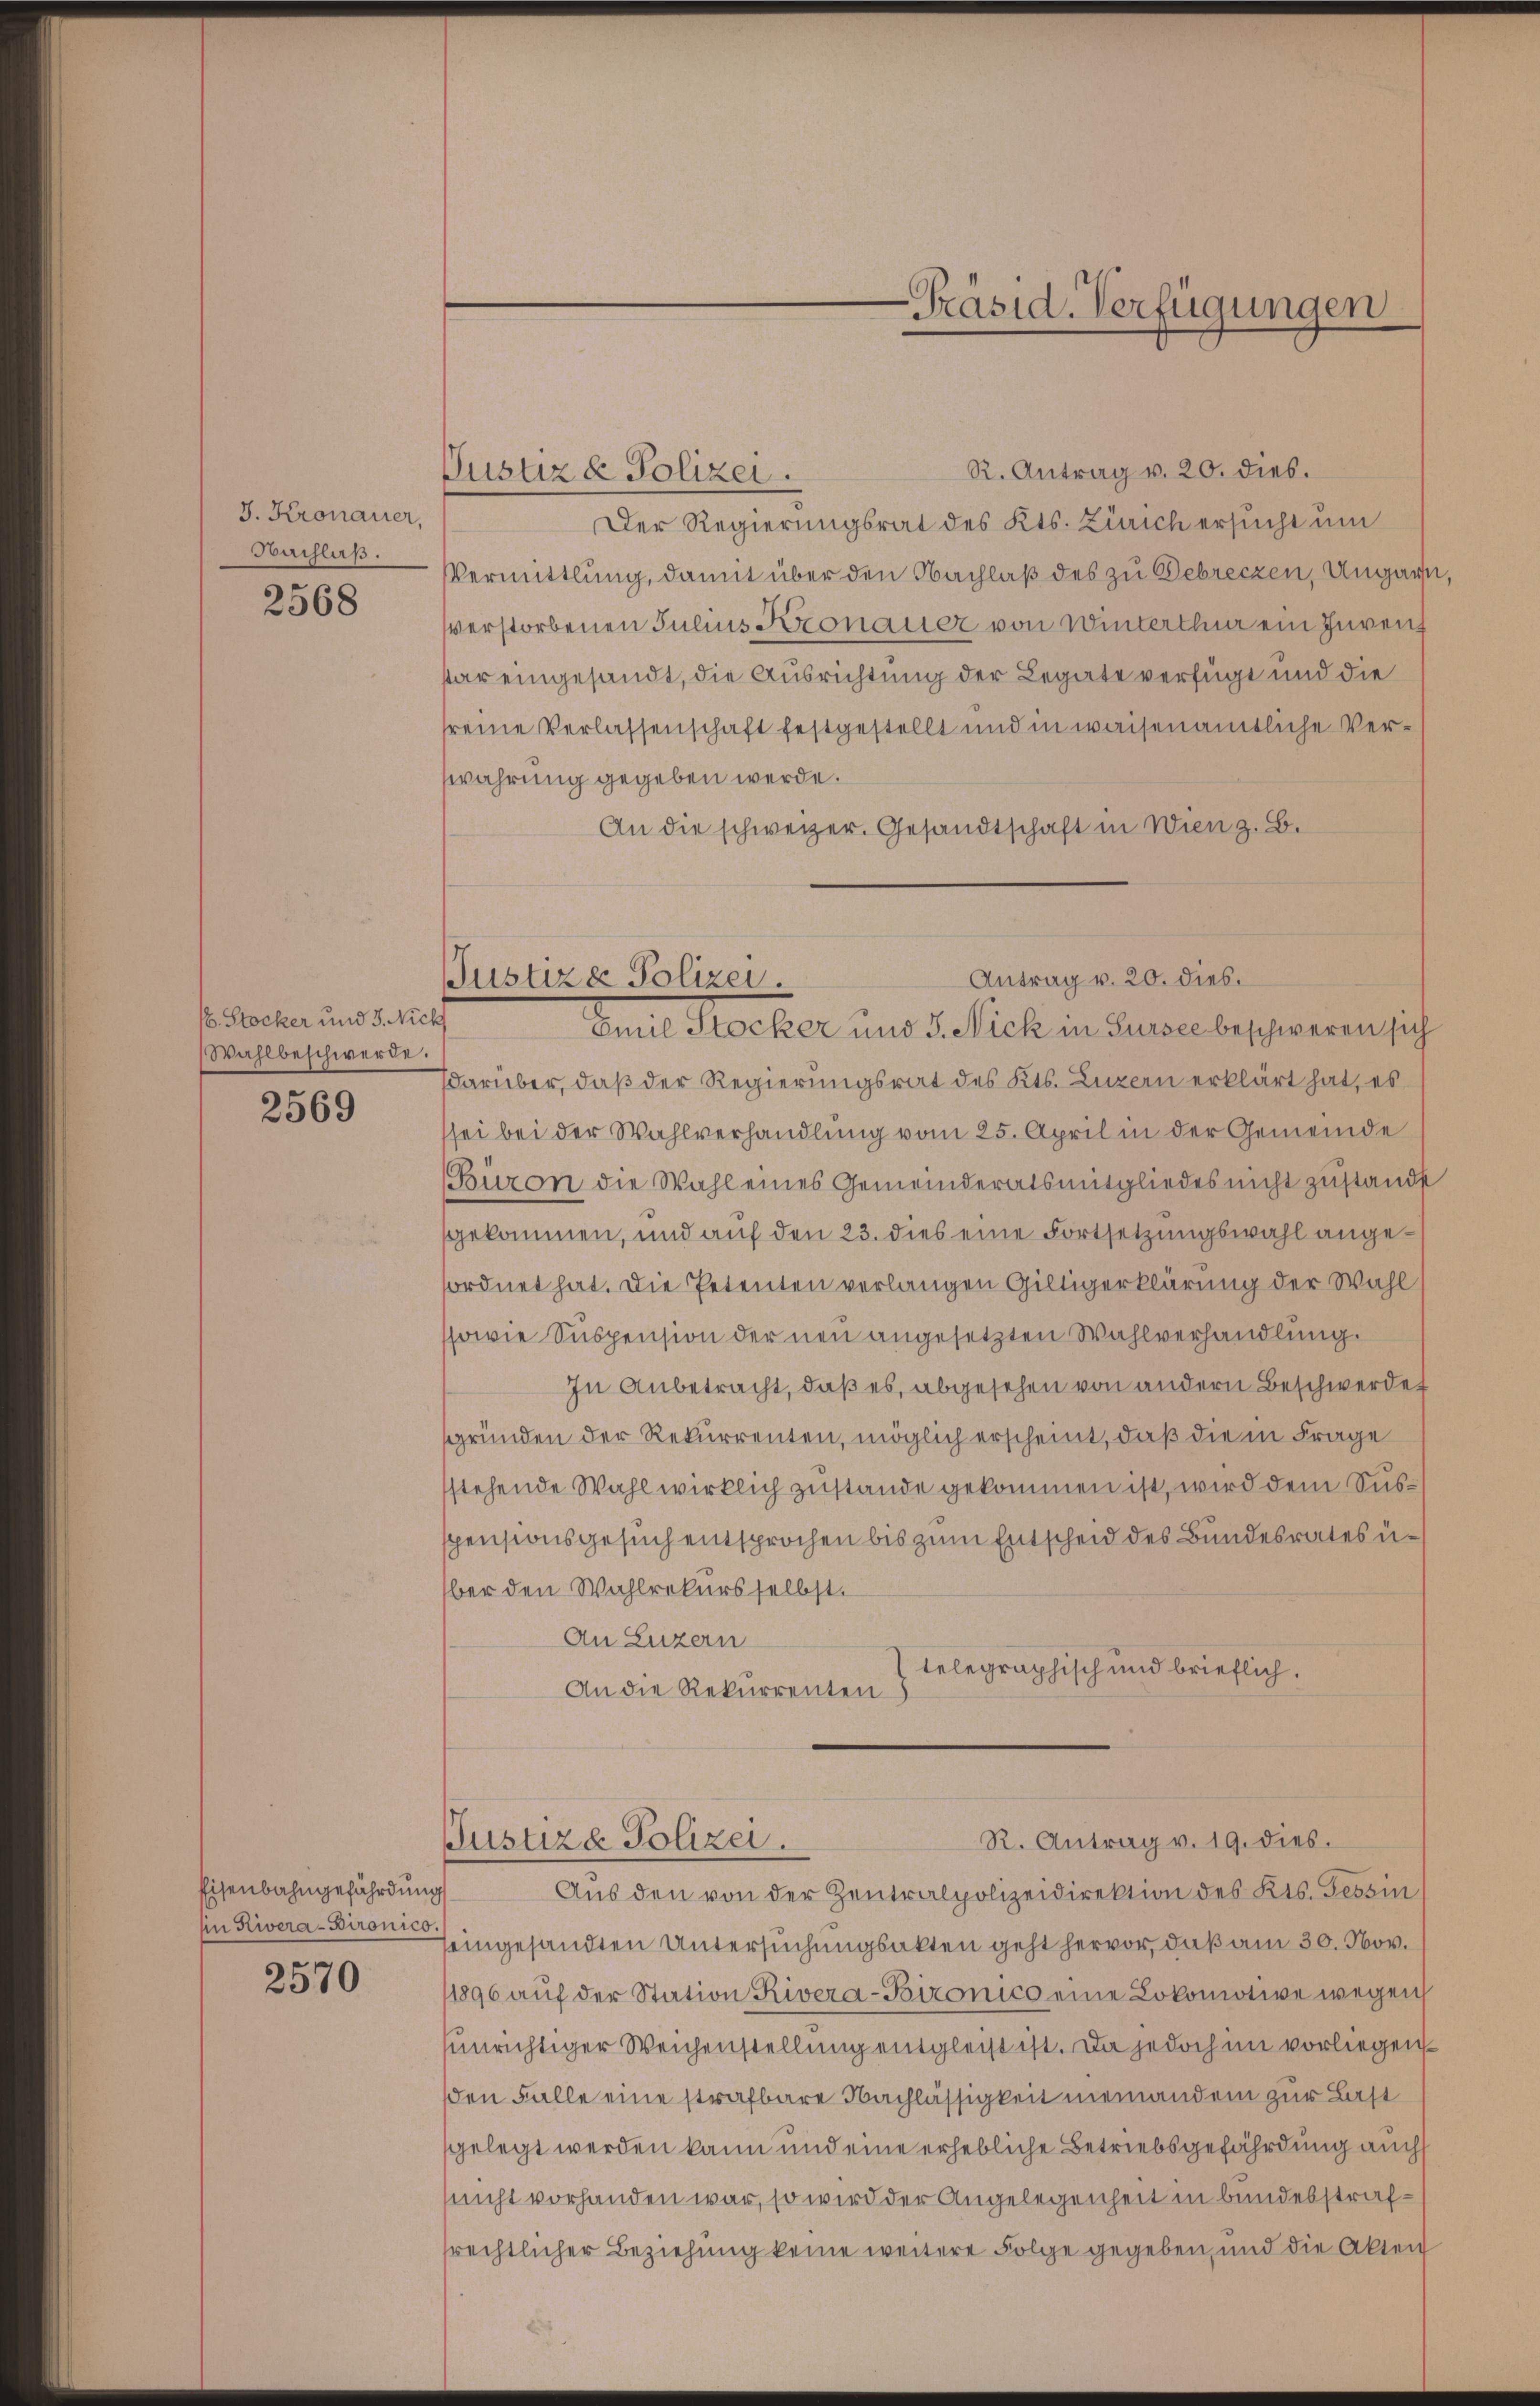
J. Kronauer,
Nachlaß.

2568

b. Stocker und J. Nick
Wahlbeschwerde.

2569

Eisenbahngefährdung
An Rivera-Dironico

2570

Justiz & Polizei.

R. Antrag v. 20. dies.
Der Regierungsrat des Kts. Zürich ersucht um
Vermittlung, damit über den Nachlaß des zu Debrecken, Ungart
verstorbenen Julius Kronauer von Winterthur ein Invenz
star eingesandt, die Ausrichtung der Legate verfügt und die
reine Verlassenschaft festgestellt und in waisenamtliche Verwahrung gegeben werde.
An die schweizer. Gesandtschaft in Wien z. B.
Idarüber, daß der Regierungsrat des Kts. Luzern erklärt hat, es
sei bei der Wahlverhandlung vom 25. April in der Gemeinde
Büron die Wahl eines Gemeinderatsmitgliedes nicht zŭstandst
gekommen, und auf den 23. dies eine Fortsetzungswahl angeordnet hat. Die Petenten verlangen Giltigerklärung der Wahl
ssowie Suspension der neu angesetzten Wahlverhandlung.
In Anbetracht, daß es, abgesehen von andern Beschwerdet
gründen der Rekurrenten, möglich erscheint, daß die in Frage
stehende Wahl wirklich zustande gekommen ist, wird dem Susspensionsgesuch entsprochen bis zum Entscheid des Bundesrates u.
ber den Wahlrekurs selbst.
An Luzern
telegraphisch und brieflich.
An die Rekurrenten

-Präsid. Verfügungen

Antrag v. 20. dies.
Justiz & Polizei.
Imit Rocker und 3. Nick in Sursee beschweren sich

R. Antrag v. 19. dies.
Justiza Polizei.

Aus den von der Zentralpolizeidirektion des Kts. Tessin
eingesandten Untersuchungsakten geht hervor, daß am 30. Nov.
1896 aŭf der Station Rivera-Bironico eine Lokomotive wegen
unrichtiger Weichenstellung entgleicht ist. Da jedoch im vorliegenden Falle eine strafbare Nachlässigkeit niemandem zur Last
gelegt werden kann und eine erhebliche Betriebsgefährdung auch
nicht vorhanden war, so wird der Angelegenheit in Bundesstrafsrechtlicher Beziehung keine weitere Folge gegeben, und die Akten